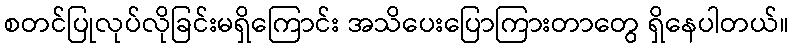
စတင်ပြုလုပ်လိုခြင်းမရှိကြောင်း အသိပေးပြောကြားတာတွေ ရှိနေပါတယ်။